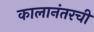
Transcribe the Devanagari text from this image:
कालानंतरची